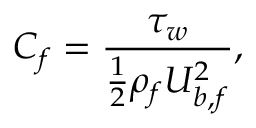
C _ { f } = \frac { \tau _ { w } } { \frac { 1 } { 2 } \rho _ { f } U _ { b , f } ^ { 2 } } ,